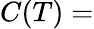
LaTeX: C(T)=